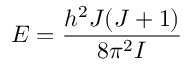
E = \frac { h ^ { 2 } J ( J + 1 ) } { 8 \pi ^ { 2 } I }